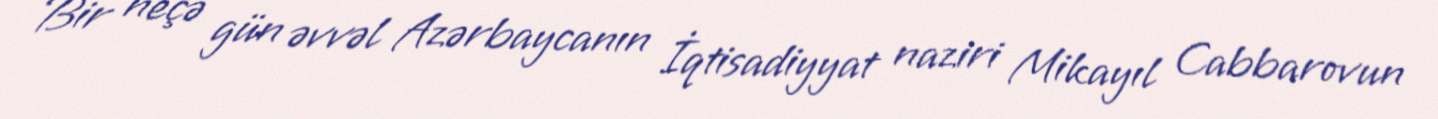
Bir neçə gün əvvəl Azərbaycanın İqtisadiyyat naziri Mikayıl Cabbarovun